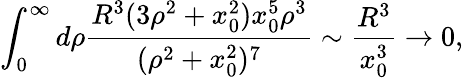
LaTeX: \int_{0}^{\infty}d\rho{\frac{R^{3}(3\rho^{2}+x_{0}^{2})x_{0}^{5}\rho^{3}}{(\rho^{2}+x_{0}^{2})^{7}}}\sim{\frac{R^{3}}{x_{0}^{3}}}\rightarrow 0,